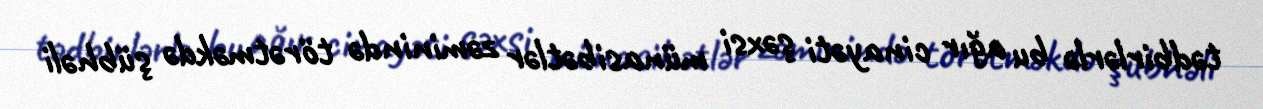
tədbirlərlə bu ağır cinayəti şəxsi münasibətlər zəminində törətməkdə şübhəli